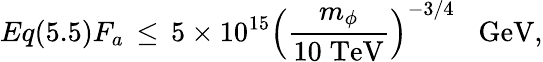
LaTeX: Eq(5.5)F_{a}\, \leq\, 5\times 10^{15}\left(\frac{m_{\phi}}{10\; \mathrm{TeV}}\right)^{-3/4}\; \; \; \mathrm{GeV},